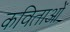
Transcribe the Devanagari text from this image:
कविताओंं